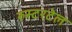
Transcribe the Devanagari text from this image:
रुस्टरटेल